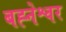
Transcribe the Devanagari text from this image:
बह्नेश्वर